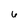
Character: 6